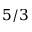
5 / 3